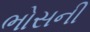
ભોસની